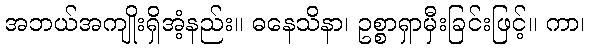
အဘယ်အကျိုးရှိအံ့နည်း။ ဓနေသိနာ၊ ဥစ္စာရှာမှီးခြင်းဖြင့်။ ကာ၊